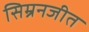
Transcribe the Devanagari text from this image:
सिम्रनजीत